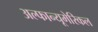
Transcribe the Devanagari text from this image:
अल्फान्यूमेरिकल